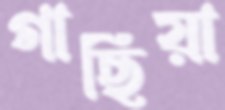
গাছিয়া